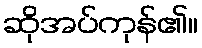
ဆိုအပ်ကုန်၏။